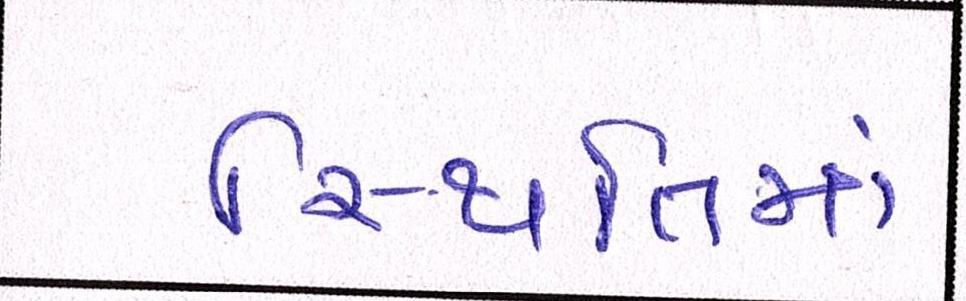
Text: સ્થિતિમાં